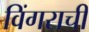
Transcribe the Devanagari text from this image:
विंगराची